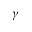
\gamma